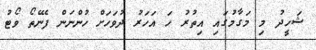
ޝަހީދު މި މަގާމުގައި އިތުރު ހަ އަހަރު ދުވަހަށް ހުންނަން ފެނޭތޯ ވޯޓު